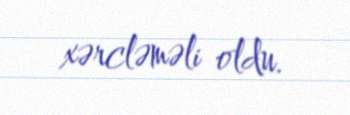
xərcləməli oldu.